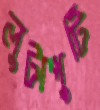
লুটাপুটি